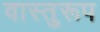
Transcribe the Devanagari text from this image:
वास्तुरूप